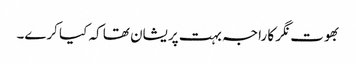
بھوت نگر کا راجہ بہت پریشان تھا کہ کیا کرے۔